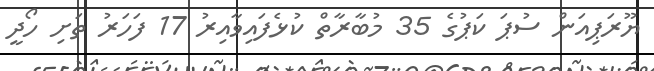
ޔޫރަޕިއަން ސުޕަ ކަޕުގެ 35 މުބާރާތް ކުޅެފައިވާއިރު 17 ފަހަރު ތަށި ހޯދީ